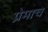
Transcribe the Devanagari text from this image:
प्रेमाच